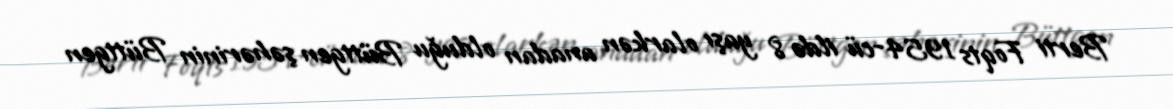
Berti Foqts 1954-cü ildə 8 yaşı olarkən anadan olduğu Büttgen şəhərinin Büttgen